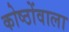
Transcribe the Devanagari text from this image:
कोष्ठोंवाला